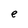
Character: e